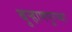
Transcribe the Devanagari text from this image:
बुऱ्हाणपूरच्या